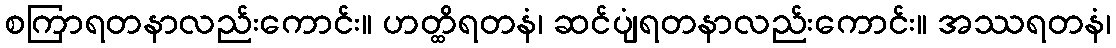
စကြာရတနာလည်းကောင်း။ ဟတ္ထိရတနံ၊ ဆင်ပျံရတနာလည်းကောင်း။ အဿရတနံ၊